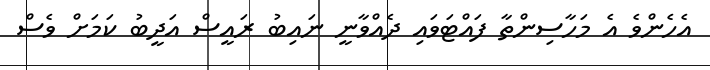
އެހެންވެ އެ މަހާސިންތާ ފައްޓަވައި ދެއްވާނީ ނައިބު ރައީސް އަދީބު ކަމަށް ވެސް